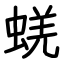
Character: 蜣